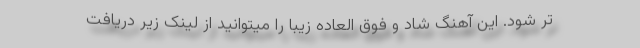
تر شود. این آهنگ شاد و فوق العاده زیبا را میتوانید از لینک زیر دریافت